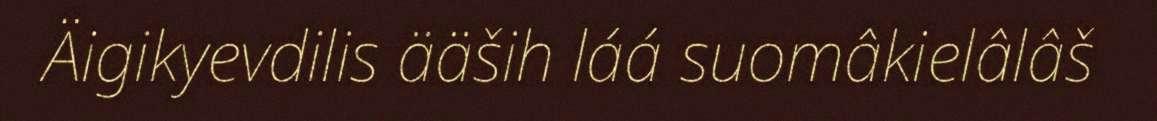
Äigikyevdilis ääših láá suomâkielâlâš